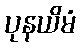
ပုနယိမံ